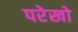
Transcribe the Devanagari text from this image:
परेखो